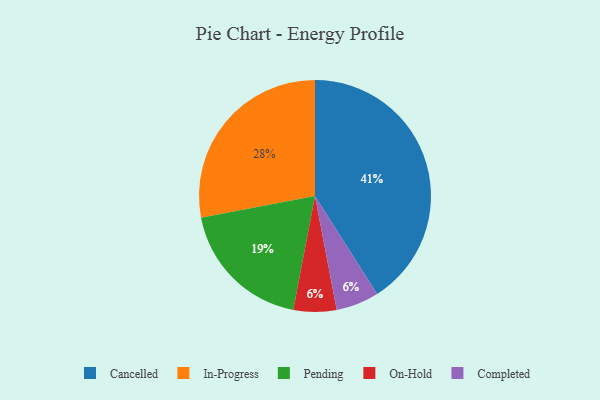
{"axis": {"x": "Category", "y": "Percentage"}, "legend": ["Cancelled", "Completed", "In-Progress", "On-Hold", "Pending"], "data": [{"x": "Cancelled", "y": 41, "type": "Cancelled"}, {"x": "Pending", "y": 19, "type": "Pending"}, {"x": "On-Hold", "y": 6, "type": "On-Hold"}, {"x": "Completed", "y": 6, "type": "Completed"}, {"x": "In-Progress", "y": 28, "type": "In-Progress"}]}